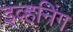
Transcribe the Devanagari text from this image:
इव्हनिंग